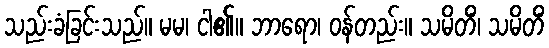
သည်းခံခြင်းသည်။ မမ၊ ငါ၏။ ဘာရော၊ ဝန်တည်း။ သမိတိံ၊ သမိတိံ